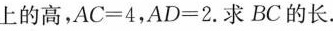
上的高，$$A C = 4$$，$$A D = 2$$.求BC的长。